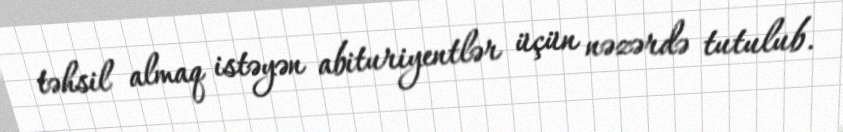
təhsil almaq istəyən abituriyentlər üçün nəzərdə tutulub.